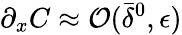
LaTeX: \partial_{x}C\approx{\mathcal O}(\bar{\delta}^{0},{\epsilon})